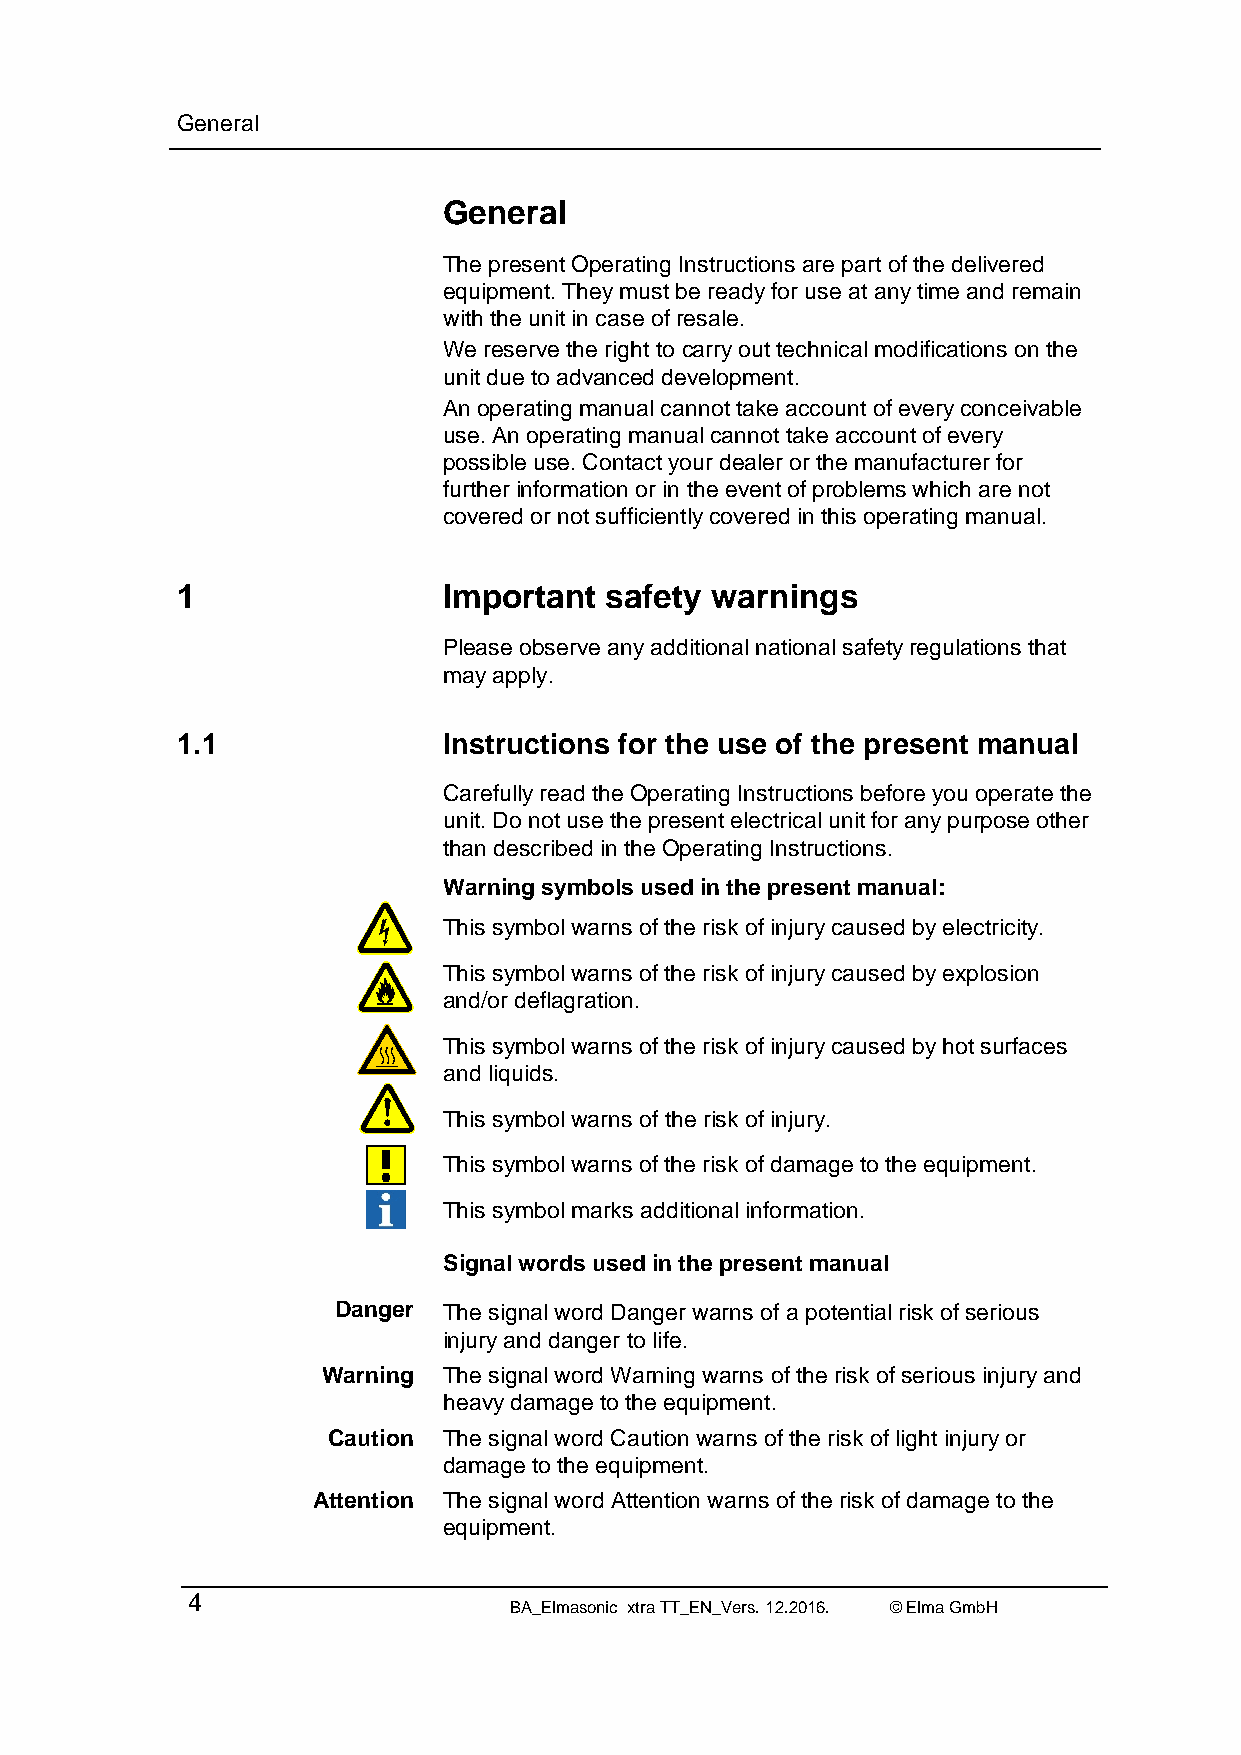
General
 General
 The present Operating Instructions are part of the delivered
 equipment. They must be ready for use at any time and remain
 with the unit in case of resale.
 We reserve the right to carry out technical modifications on the
 unit due to advanced development.
 An operating manual cannot take account of every conceivable
 use. An operating manual cannot take account of every
 possible use. Contact your dealer or the manufacturer for
 further information or in the event of problems which are not
 covered or not sufficiently covered in this operating manual.
 1                Important  safety warnings
 Please observe any additional national safety regulations that
 may apply.
 1.1              Instructions for the use of the present manual
 Carefully read the Operating Instructions before you operate the
 unit. Do not use the present electrical unit for any purpose other
 than described in the Operating Instructions.
 Warning symbols used in the present manual:
 This symbol warns of the risk of injury caused by electricity.
 This symbol warns of the risk of injury caused by explosion
 and/or deflagration.
 This symbol warns of the risk of injury caused by hot surfaces
 and liquids.
 This symbol warns of the risk of injury.
 This symbol warns of the risk of damage to the equipment.
 This symbol marks additional information.
 Signal words used in the present manual
 Danger The signal word Danger warns of a potential risk of serious
 injury and danger to life.
 Warning The signal word Warning warns of the risk of serious injury and
 heavy damage to the equipment.
 Caution The signal word Caution warns of the risk of light injury or
 damage to the equipment.
 Attention The signal word Attention warns of the risk of damage to the
 equipment.
 4
 BA_Elmasonic xtra TT_EN_Vers. 12.2016. © Elma GmbH